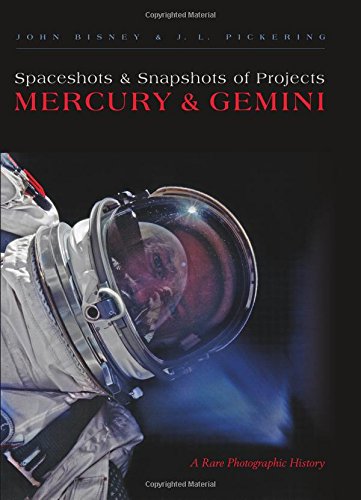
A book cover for Spaceshots and Snapshots of Projects Mercury and Gemini: A Rare Photographic History; John Bisney; Engineering & Transportation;